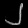
Digit: ၂